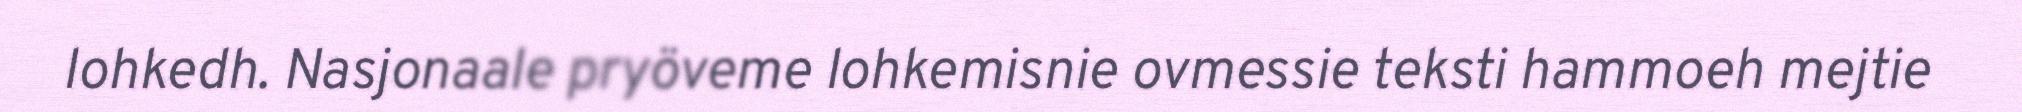
lohkedh. Nasjonaale pryöveme lohkemisnie ovmessie teksti hammoeh mejtie